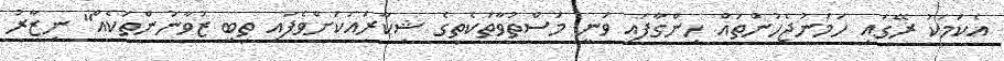
އެކަމަކު ރޭގައި ހަމަނުޖެހުންތައް ހިންގާފައި ވަނީ މަސްތުވާތަކެތީގެ ޝިކާރައަކަށްވެފައި ތިބި ޒުވާނުންތަކެއް" ނިޒާރު